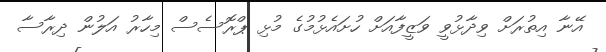
އޭނާ އިތުރަށް ވިދާޅުވީ ވަޒީފާއަށް ހުށައެޅުމުގެ މުޅި ޕްރޮސެސް މިހާރު އަލުން ދިރާސާ